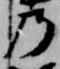
乃